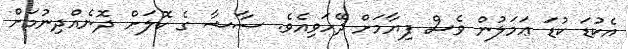
އެކުޑަ ކުޑަ ޢަމަލުން ވެސް ފިޔާމަށް ދޭހަވިއެވެ. ސާޝާ ގެ ކޮލަށް ދޮނެއްދިނުމަށް